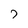
Character: 7